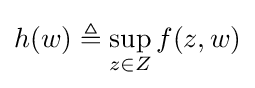
h(w)\triangleq \sup _{z\in Z}f(z,w)